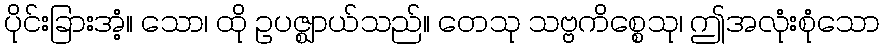
ပိုင်းခြားအံ့။ သော၊ ထို ဥပဇ္ဈာယ်သည်။ တေသု သဗ္ဗကိစ္စေသု၊ ဤအလုံးစုံသော